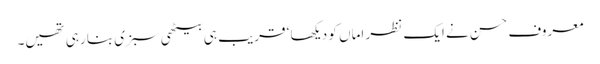
معروف حسن نے ایک نظر اماں کو دیکھا ‘ قریب ہی بیٹھی سبزی بنا رہی تھیں۔